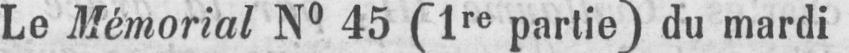
Le Mémorial N° 45 (1re partie) du mardi